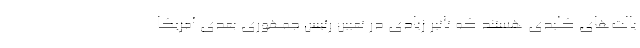
یالت‌های کلیدی هستند که تاثیر زیادی در تعیین رئیس جمهوری بعدی آمریکا